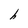
Character: h